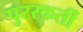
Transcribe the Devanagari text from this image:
पुरस्कर्ती